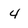
Character: 4